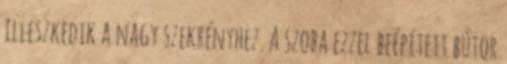
illeszkedik a nagy szekrényhez. A szoba ezzel beépített bútor